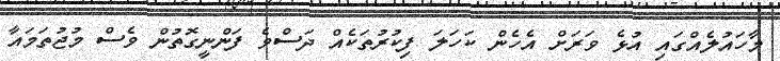
މާހައުލެއްގައި އުޅެ ވަރަށް އެހެން ކަހަލަ ފިކުރުތަކެއް ދަސްވެ ފަންނީގޮތުން ވެސް މުޖުތަމައާ